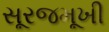
સૂરજમૂખી